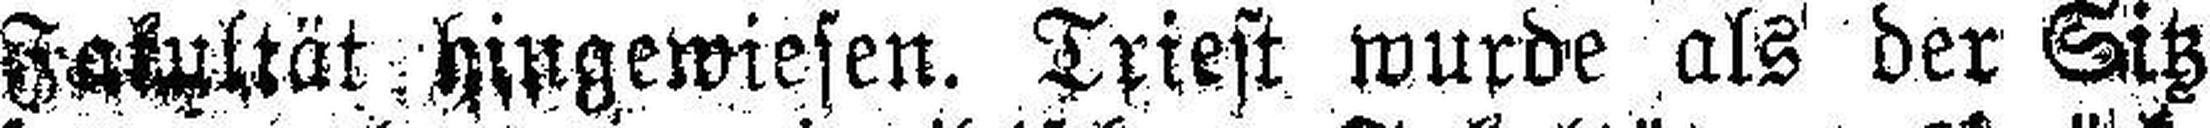
Fakultät hingewiesen. Triest wurde als der Sitz